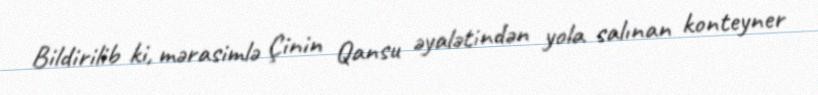
Bildirilib ki, mərasimlə Çinin Qansu əyalətindən yola salınan konteyner